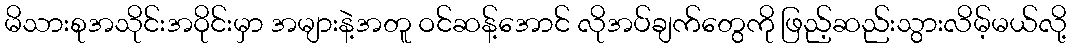
မိသားစုအသိုင်းအဝိုင်းမှာ အများနဲ့အတူ ဝင်ဆန့်အောင် လိုအပ်ချက်တွေကို ဖြည့်ဆည်းသွားလိမ့်မယ်လို့